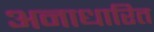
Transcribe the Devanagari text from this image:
अनाधारित